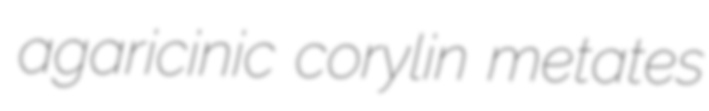
agaricinic corylin metates